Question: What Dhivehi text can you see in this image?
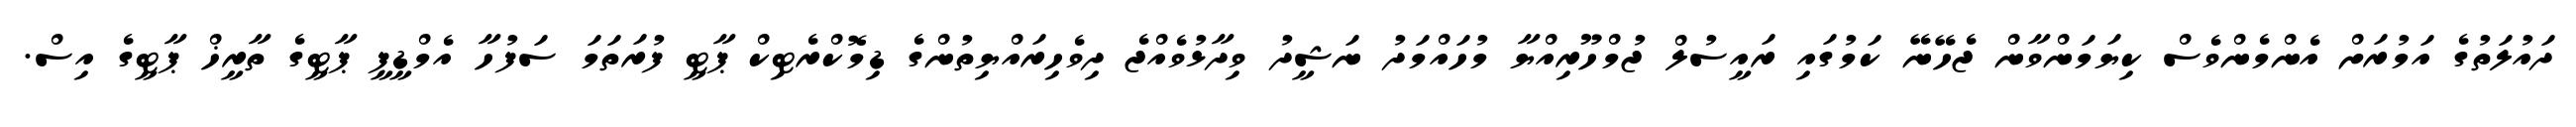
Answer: ދައުލަތުގެ އަމުރަށް އެންމެންވެސް ކިޔަމަންވާން ޖެހޭނޭ ކަމުގައި ރައީސުލް ޖުމްހޫރިއްޔާ މުހައްމަދު ނަޝީދު ވިދާޅުވެއްޖެ ދިވެހިރައްޔިތުންގެ ޑިމޮކްރެޓިކް ޕާޓީ ފުރަތަމަ ސަފުހާ އެމްޑީޕީ ޕާޓީގެ ތާރީޚް ޕާޓީގެ އިސް.